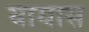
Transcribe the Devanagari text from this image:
यायास